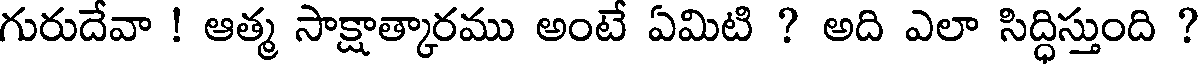
గురుదేవా ! ఆత్మ సాక్షాత్కారము అంటే ఏమిటి ? అది ఎలా సిద్ధిస్తుంది ?